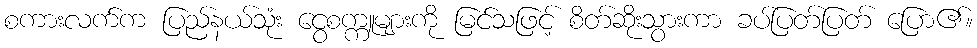
စကားလက်က ပြည်နယ်သုံး ငွေစက္ကူများကို မြင်သဖြင့် စိတ်ဆိုးသွားကာ ခပ်ပြတ်ပြတ် ပြော၏။